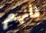
فأنهم